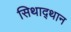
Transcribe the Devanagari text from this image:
सिथाद्थान